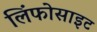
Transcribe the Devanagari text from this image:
लिंफोसाइट